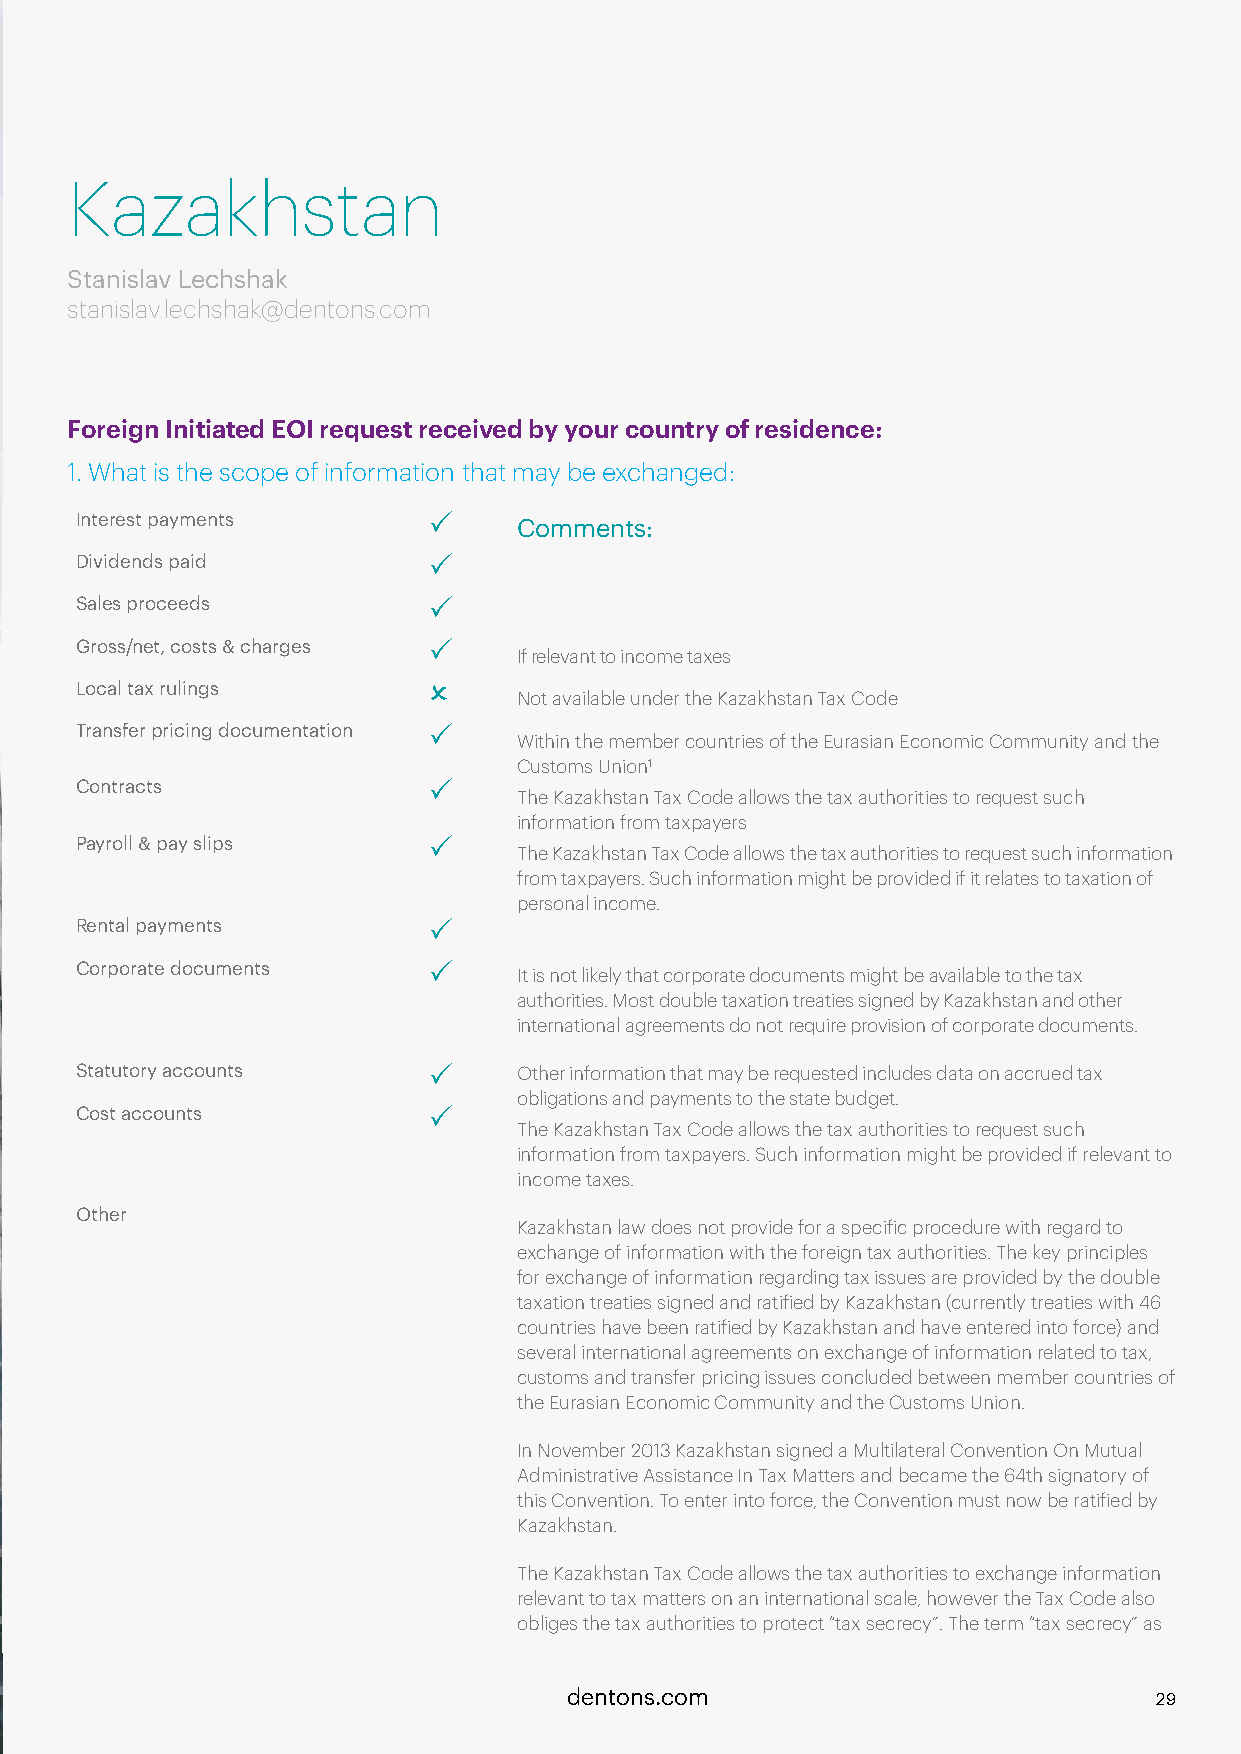
Kazakhstan
 Stanislav Lechshak
 stanislav.lechshak@dentons.com
 Foreign Initiated EOI request received by your country of residence:
 1. What is the scope of information that may be exchanged:
 Interest payments      P
 Comments:
 Dividends paid         P
 Sales proceeds         P
 Gross/net, costs & charges P
 If relevant to income taxes
 Local tax rulings      O
 Not available under the Kazakhstan Tax Code
 Transfer pricing documentation P
 Within the member countries of the Eurasian Economic Community and the
 Customs Union1
 Contracts              P
 The Kazakhstan Tax Code allows the tax authorities to request such
 information from taxpayers
 Payroll & pay slips    P
 The Kazakhstan Tax Code allows the tax authorities to request such information
 from taxpayers. Such information might be provided if it relates to taxation of
 personal income.
 Rental payments        P
 Corporate documents    P
 It is not likely that corporate documents might be available to the tax
 authorities. Most double taxation treaties signed by Kazakhstan and other
 international agreements do not require provision of corporate documents.
 Statutory accounts     P     Other information that may be requested includes data on accrued tax
 obligations and payments to the state budget.
 Cost accounts          P
 The Kazakhstan Tax Code allows the tax authorities to request such
 information from taxpayers. Such information might be provided if relevant to
 income taxes.
 Other
 Kazakhstan law does not provide for a specific procedure with regard to
 exchange of information with the foreign tax authorities. The key principles
 for exchange of information regarding tax issues are provided by the double
 taxation treaties signed and ratified by Kazakhstan (currently treaties with 46
 countries have been ratified by Kazakhstan and have entered into force) and
 several international agreements on exchange of information related to tax,
 customs and transfer pricing issues concluded between member countries of
 the Eurasian Economic Community and the Customs Union.
 In November 2013 Kazakhstan signed a Multilateral Convention On Mutual
 Administrative Assistance In Tax Matters and became the 64th signatory of
 this Convention. To enter into force, the Convention must now be ratified by
 Kazakhstan.
 The Kazakhstan Tax Code allows the tax authorities to exchange information
 relevant to tax matters on an international scale, however the Tax Code also
 obliges the tax authorities to protect “tax secrecy”. The term “tax secrecy” as
 dentons.com                            29